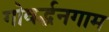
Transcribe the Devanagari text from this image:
गोवर्द्धनगाम